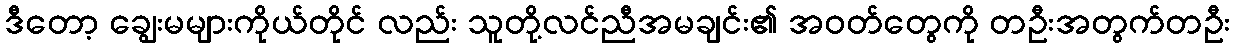
ဒီတော့ ချွေးမများကိုယ်တိုင် လည်း သူတို့လင်ညီအမချင်း၏ အဝတ်တွေကို တဦးအတွက်တဦး